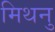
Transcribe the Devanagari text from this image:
मिथनु